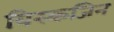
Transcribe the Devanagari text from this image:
विस्कजिन